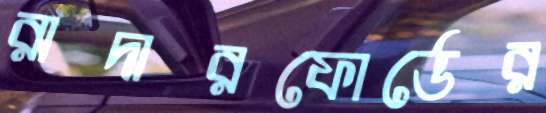
রাদারফোর্ডের